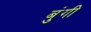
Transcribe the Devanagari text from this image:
बुंगी